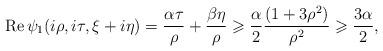
LaTeX: \begin{align*}\operatorname{Re}\psi_1(i\rho,i\tau,\xi+i\eta)=\frac{\alpha\tau}{\rho}+\frac{\beta\eta}{\rho}\geqslant \frac{\alpha}{2}\frac{(1+3\rho^2)}{\rho^2}\geqslant\frac{3\alpha}{2},\end{align*}